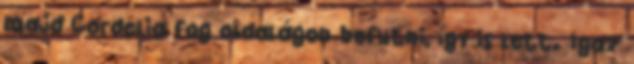
majd Cordelia fog oldalágon befutni, így is lett. Igaz